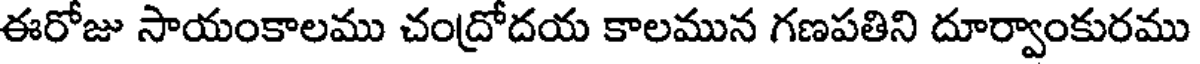
ఈరోజు సాయంకాలము చంద్రోదయ కాలమున గణపతిని దూర్వాంకురము